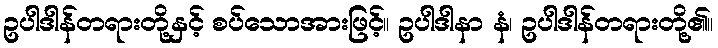
ဥပါဒါန်တရားတို့နှင့် စပ်သောအားဖြင့်။ ဥပါဒါနာ နံ၊ ဥပါဒါန်တရားတို့၏။